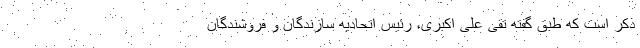
ذکر است که طبق گفته تقی علی اکبری، رئیس اتحادیه سازندگان و فروشندگان